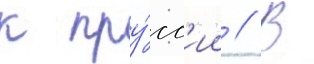
к пру́сс'ии // В